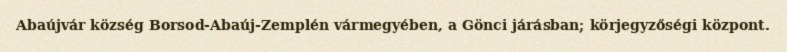
Abaújvár község Borsod-Abaúj-Zemplén vármegyében, a Gönci járásban; körjegyzőségi központ.